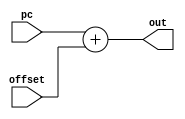
module jumpAdd(pc, offset, out);
	input[15:0] pc;
	input[11:0] offset;
	output reg [15:0] out;
	//overflow needs taken into account
	
	always@(*)
	begin
		out = pc + offset;
	end
endmodule